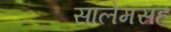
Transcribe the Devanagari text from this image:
सालेमसह